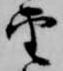
雲